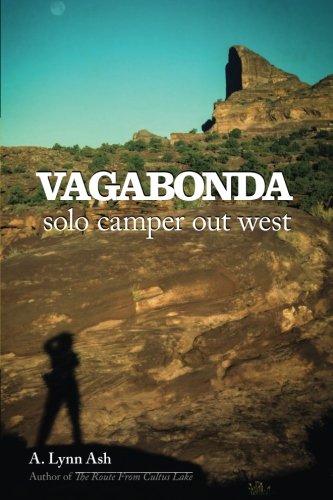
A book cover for Vagabonda: Solo Camper Out West; A. Lynn Ash; Travel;